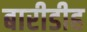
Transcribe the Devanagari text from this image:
बारीडीह